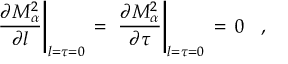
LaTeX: \left. \frac { \partial M _ { \alpha } ^ { 2 } } { \partial l } \right| _ { l = \tau = 0 } \, = \, \left. \frac { \partial M _ { \alpha } ^ { 2 } } { \partial \tau } \right| _ { l = \tau = 0 } \, = \, 0 \; \; \; ,